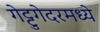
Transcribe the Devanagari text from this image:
गेट्टुगेदरमध्ये